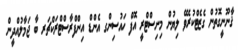
ޤާނޫނީގޮތުން ގެޒެޓްކުރެވޭ ލިޔުން މިނިސްޓްރީ އޮފް ހައުސިންގ އެންޑް އިންފްރާސްޓްރަކްޗަރ ބާ ޖަމާލުއްދީން